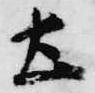
土